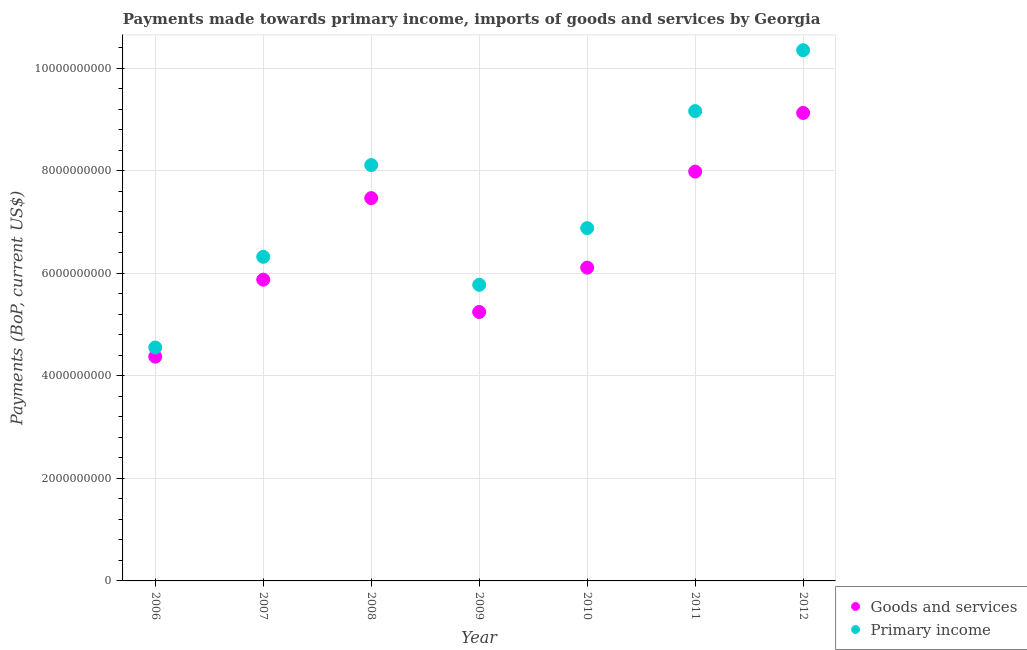
| Year | Goods and services | Primary income |
 | --- | --- | --- |
 | 2006 | 4.38e+09 | 4.56e+09 |
 | 2007 | 5.88e+09 | 6.32e+09 |
 | 2008 | 7.47e+09 | 8.11e+09 |
 | 2009 | 5.25e+09 | 5.78e+09 |
 | 2010 | 6.11e+09 | 6.89e+09 |
 | 2011 | 7.99e+09 | 9.17e+09 |
 | 2012 | 9.13e+09 | 1.04e+10 |